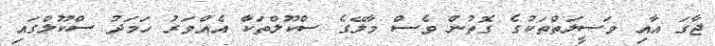
ޖާގަ އާއި ވަސީލަތްތަކުގެ ގޮތުން ވެސް މާލޭގެ ސްކޫލްތަކާ އެއްވަރު ހަމަދު ސްކޫލްގައި